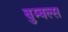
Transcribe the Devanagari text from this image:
बुम्बल्स